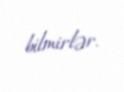
bilmirlər.